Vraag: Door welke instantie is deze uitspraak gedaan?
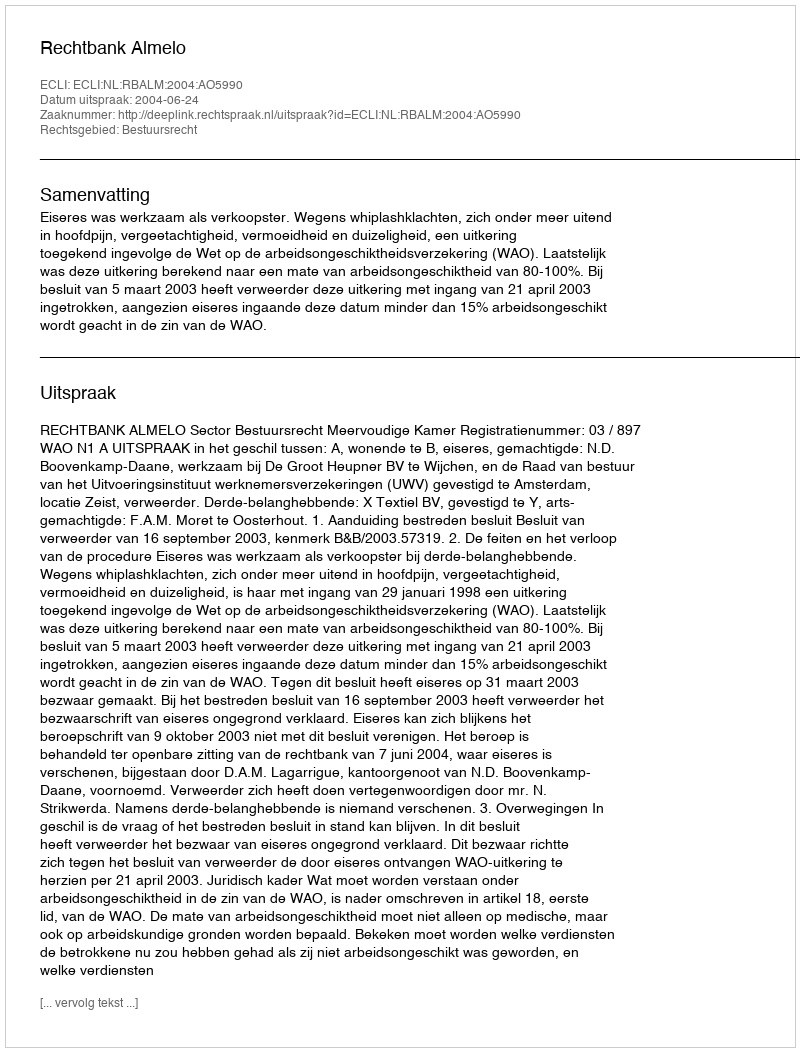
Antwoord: Rechtbank Almelo